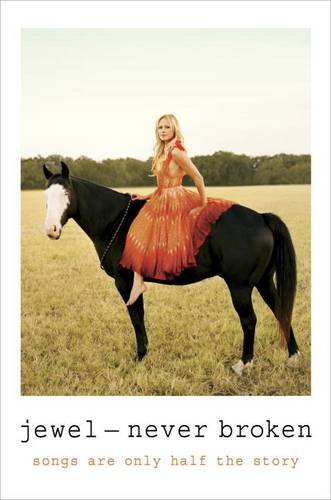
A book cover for Never Broken: Songs Are Only Half the Story; Jewel; Humor & Entertainment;